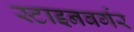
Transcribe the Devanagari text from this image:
स्टाइनबर्गर